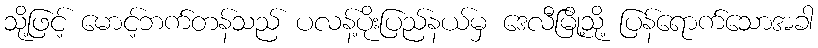
သို့ဖြင့် မောင့်ဘက်တန်သည် ပလန့်ပိုးပြည်နယ်မှ ဒေလီမြို့သို့ ပြန်ရောက်သောအခါ